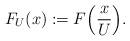
LaTeX: \begin{align*}F_U(x):=F\Big(\frac{x}{U}\Big).\end{align*}